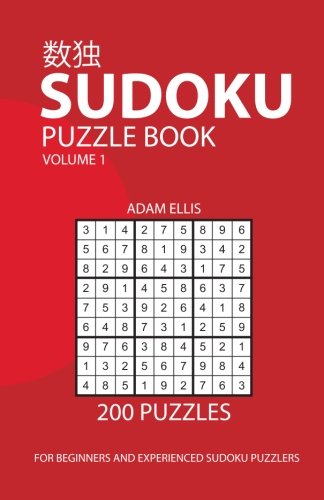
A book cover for Sudoku Puzzle Book Volume 1: 200 Puzzles; Adam Ellis; Humor & Entertainment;